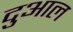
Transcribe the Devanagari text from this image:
दुआल